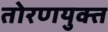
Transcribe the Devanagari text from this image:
तोरणयुक्त